Lunatic asylums Central Provinces reports 1886-1894 - 1886-1894
Year: 1886
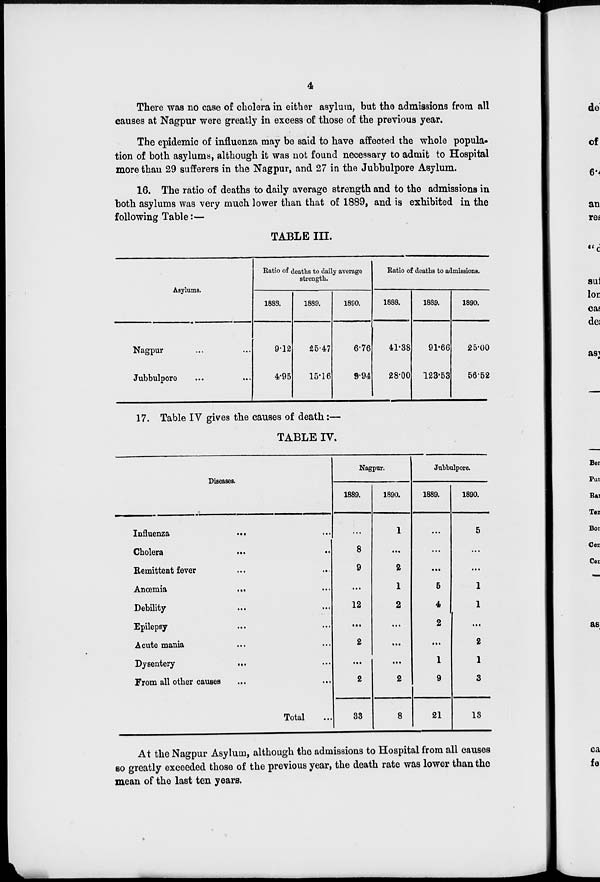
4
There was no case of cholera in either asylum, but the admissions from all
causes at Nagpur were greatly in excess of those of the previous year.
The epidemic of influenza may be said to have affected the whole popula-
tion of both asylums, although it was not found necessary to admit to Hospital
more than 29 sufferers in the Nagpur, and 27 in the Jubbulpore Asylum.
16. The ratio of deaths to daily average strength and to the admissions in
both asylums was very much lower than that of 1889, and is exhibited in the
following Table:—
TABLE III.
Asylums.
Nagpur ... ...
Jubbulpore ... ...
Ratio of deaths to daily average
strength.
1888.
9.12
4.95
1889.
25.47
15.16
1890.
6.76
9.94
Ratio of deaths to admissions.
1888.
41.38
28.00
1889.
91.66
123.53
1890.
25.00
56.52
17. Table IV gives the causes of death:—
TABLE IV.
Diseases.
Influenza
...
...
Cholera ... ...
Remittent fever ... ...
Anœmia
...
...
Debility ... ...
Epilepsy ... ...
Acute mania ... ...
Dysentery
...
...
From all other causes ... ...
Total ...
Nagpur.
1889.
...
8
9
...
12
...
2
...
2
33
1890.
1
...
2
1
2
...
...
...
2
8
Jubbulpore.
1889.
...
...
...
5
4
2
...
1
9
21
1890.
5
...
...
1
1
...
2
1
3
13
At the Nagpur Asylum, although the admissions to Hospital from all causes
so greatly exceeded those of the previous year, the death rate was lower than the
mean of the last ten years.